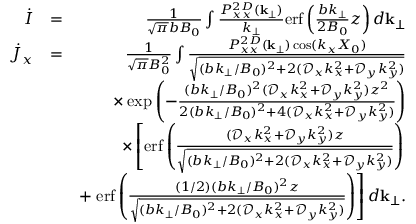
\begin{array} { r l r } { \dot { I } } & { = } & { \frac { 1 } { \sqrt { \pi } b B _ { 0 } } \int \frac { P _ { x x } ^ { 2 D } ( { \bf k } _ { \perp } ) } { k _ { \perp } } \mathrm { e r f } \left( \frac { b k _ { \perp } } { 2 B _ { 0 } } z \right) d { \bf k } _ { \perp } } \\ { \dot { J } _ { x } } & { = } & { \frac { 1 } { \sqrt { \pi } B _ { 0 } ^ { 2 } } \int \frac { P _ { x x } ^ { 2 D } ( { \bf k } _ { \perp } ) \cos ( k _ { x } X _ { 0 } ) } { \sqrt { ( b k _ { \perp } / B _ { 0 } ) ^ { 2 } + 2 ( \mathcal { D } _ { x } k _ { x } ^ { 2 } + \mathcal { D } _ { y } k _ { y } ^ { 2 } ) } } } \\ & { } & { \times \exp \left( - \frac { ( b k _ { \perp } / B _ { 0 } ) ^ { 2 } ( \mathcal { D } _ { x } k _ { x } ^ { 2 } + \mathcal { D } _ { y } k _ { y } ^ { 2 } ) z ^ { 2 } } { 2 ( b k _ { \perp } / B _ { 0 } ) ^ { 2 } + 4 ( \mathcal { D } _ { x } k _ { x } ^ { 2 } + \mathcal { D } _ { y } k _ { y } ^ { 2 } ) } \right) } \\ & { } & { \times \left[ \mathrm { e r f } \left( \frac { ( \mathcal { D } _ { x } k _ { x } ^ { 2 } + \mathcal { D } _ { y } k _ { y } ^ { 2 } ) z } { \sqrt { ( b k _ { \perp } / B _ { 0 } ) ^ { 2 } + 2 ( \mathcal { D } _ { x } k _ { x } ^ { 2 } + \mathcal { D } _ { y } k _ { y } ^ { 2 } ) } } \right) \right. } \\ & { } & { + \left. \mathrm { e r f } \left( \frac { ( 1 / 2 ) ( b k _ { \perp } / B _ { 0 } ) ^ { 2 } z } { \sqrt { ( b k _ { \perp } / B _ { 0 } ) ^ { 2 } + 2 ( \mathcal { D } _ { x } k _ { x } ^ { 2 } + \mathcal { D } _ { y } k _ { y } ^ { 2 } ) } } \right) \right] d { \bf k } _ { \perp } . } \end{array}